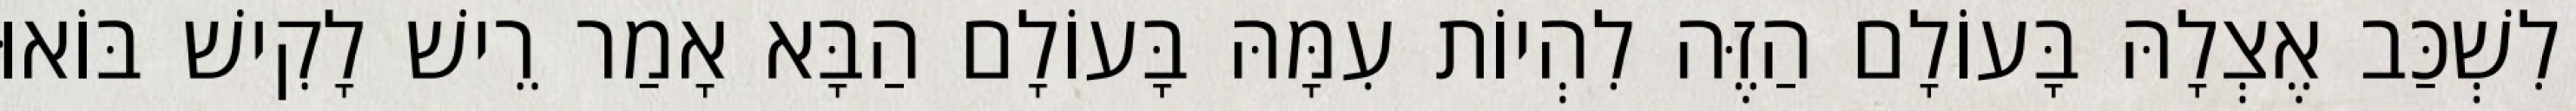
לִשְׁכַּב אֶצְלָהּ בָּעוֹלָם הַזֶּה לִהְיוֹת עִמָּהּ בָּעוֹלָם הַבָּא אָמַר רֵישׁ לָקִישׁ בּוֹאוּ